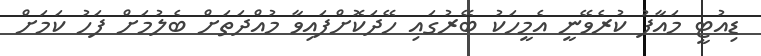
ޑިއުޓީ މައާފު ކުރެވޭނީ އެމީހަކު ބޭރުގައި ހޭދަކޮށްފައިވާ މުއްދަތަށް ބެލުމަށް ފަހު ކަމަށް